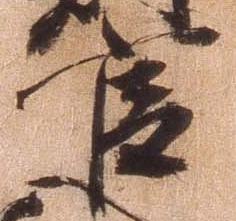
官